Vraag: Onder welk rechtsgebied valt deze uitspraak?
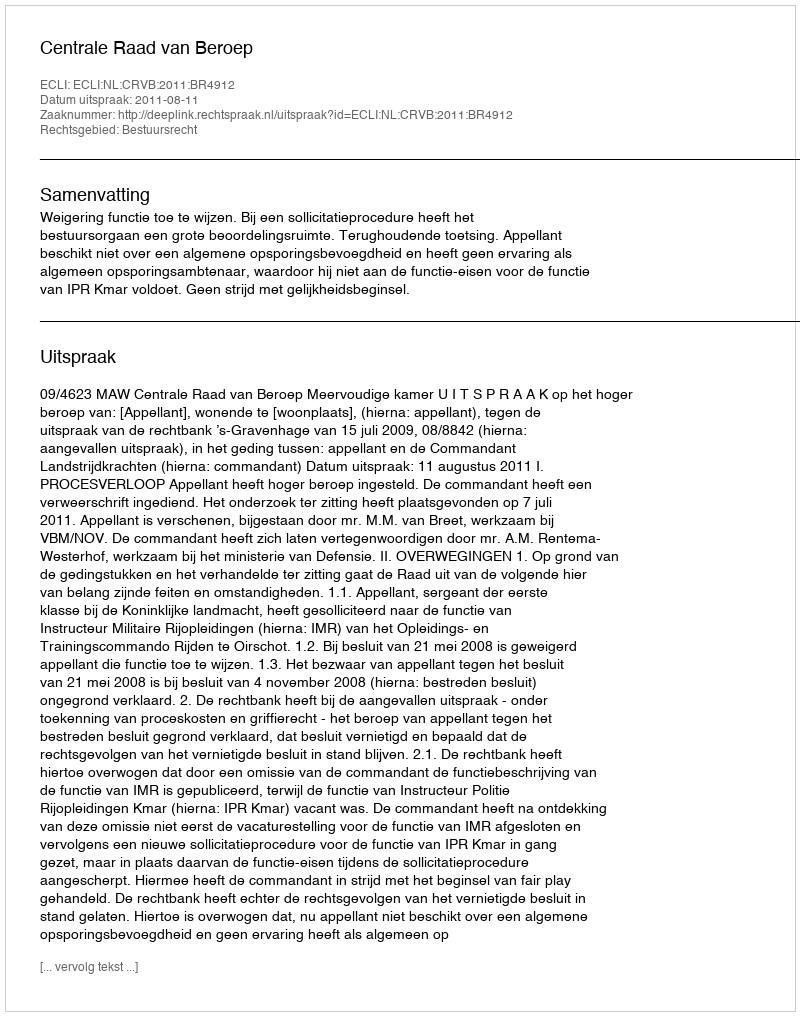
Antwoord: Bestuursrecht